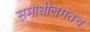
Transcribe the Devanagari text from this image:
समाधीलगतच